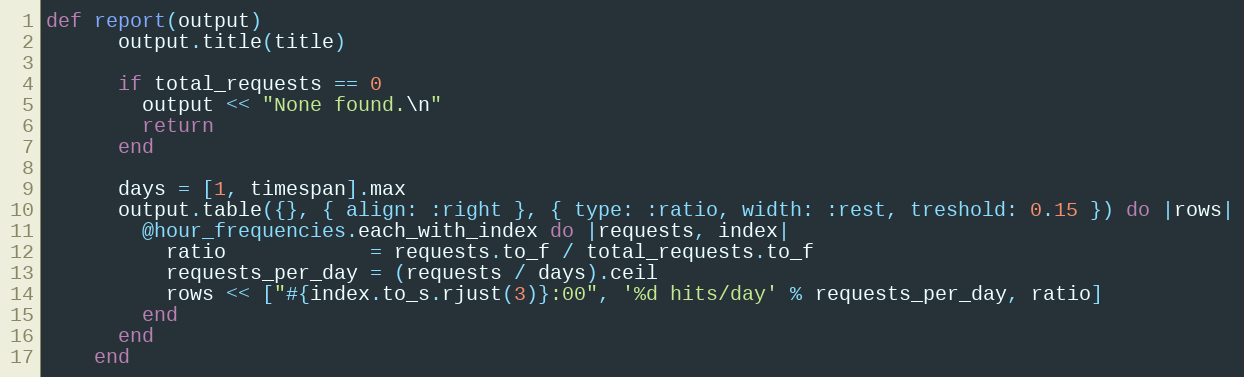
Language: Ruby
def report(output)
      output.title(title)

      if total_requests == 0
        output << "None found.\n"
        return
      end

      days = [1, timespan].max
      output.table({}, { align: :right }, { type: :ratio, width: :rest, treshold: 0.15 }) do |rows|
        @hour_frequencies.each_with_index do |requests, index|
          ratio            = requests.to_f / total_requests.to_f
          requests_per_day = (requests / days).ceil
          rows << ["#{index.to_s.rjust(3)}:00", '%d hits/day' % requests_per_day, ratio]
        end
      end
    end